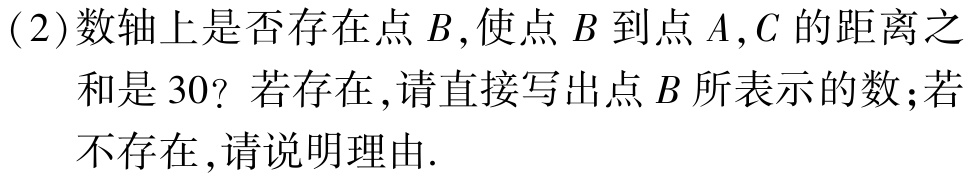
(2)数轴上是否存在点\(B\)，使点\(B\)到点\(A,C\)的距离之

和是\(30\)？若存在，请直接写出点\(B\)所表示的数；若

不存在，请说明理由.